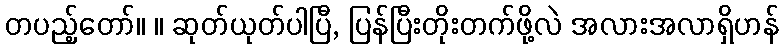
တပည့်တော်။ ။ ဆုတ်ယုတ်ပါပြီ, ပြန်ပြီးတိုးတက်ဖို့လဲ အလားအလာရှိဟန်